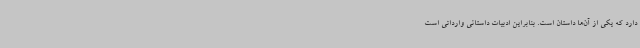
دارد که یکی از آن‌ها داستان است. بنابراین ادبیات داستانی وارداتی است